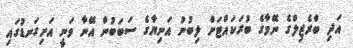
އަދި ބްރެޒިލްގެ ނޭމާގެ ބުރަކައްޓަށް ލިބުނު އަނިޔާގެ ސަބަބުން އޭނާ ވަނީ އަށިގަނޑުގައި